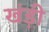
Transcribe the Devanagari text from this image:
खंड़ी